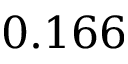
0 . 1 6 6